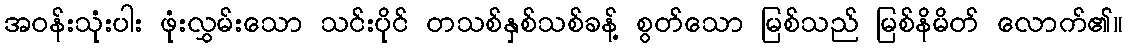
အဝန်းသုံးပါး ဖုံးလွှမ်းသော သင်းပိုင် တသစ်နှစ်သစ်ခန့် စွတ်သော မြစ်သည် မြစ်နိမိတ် လောက်၏။